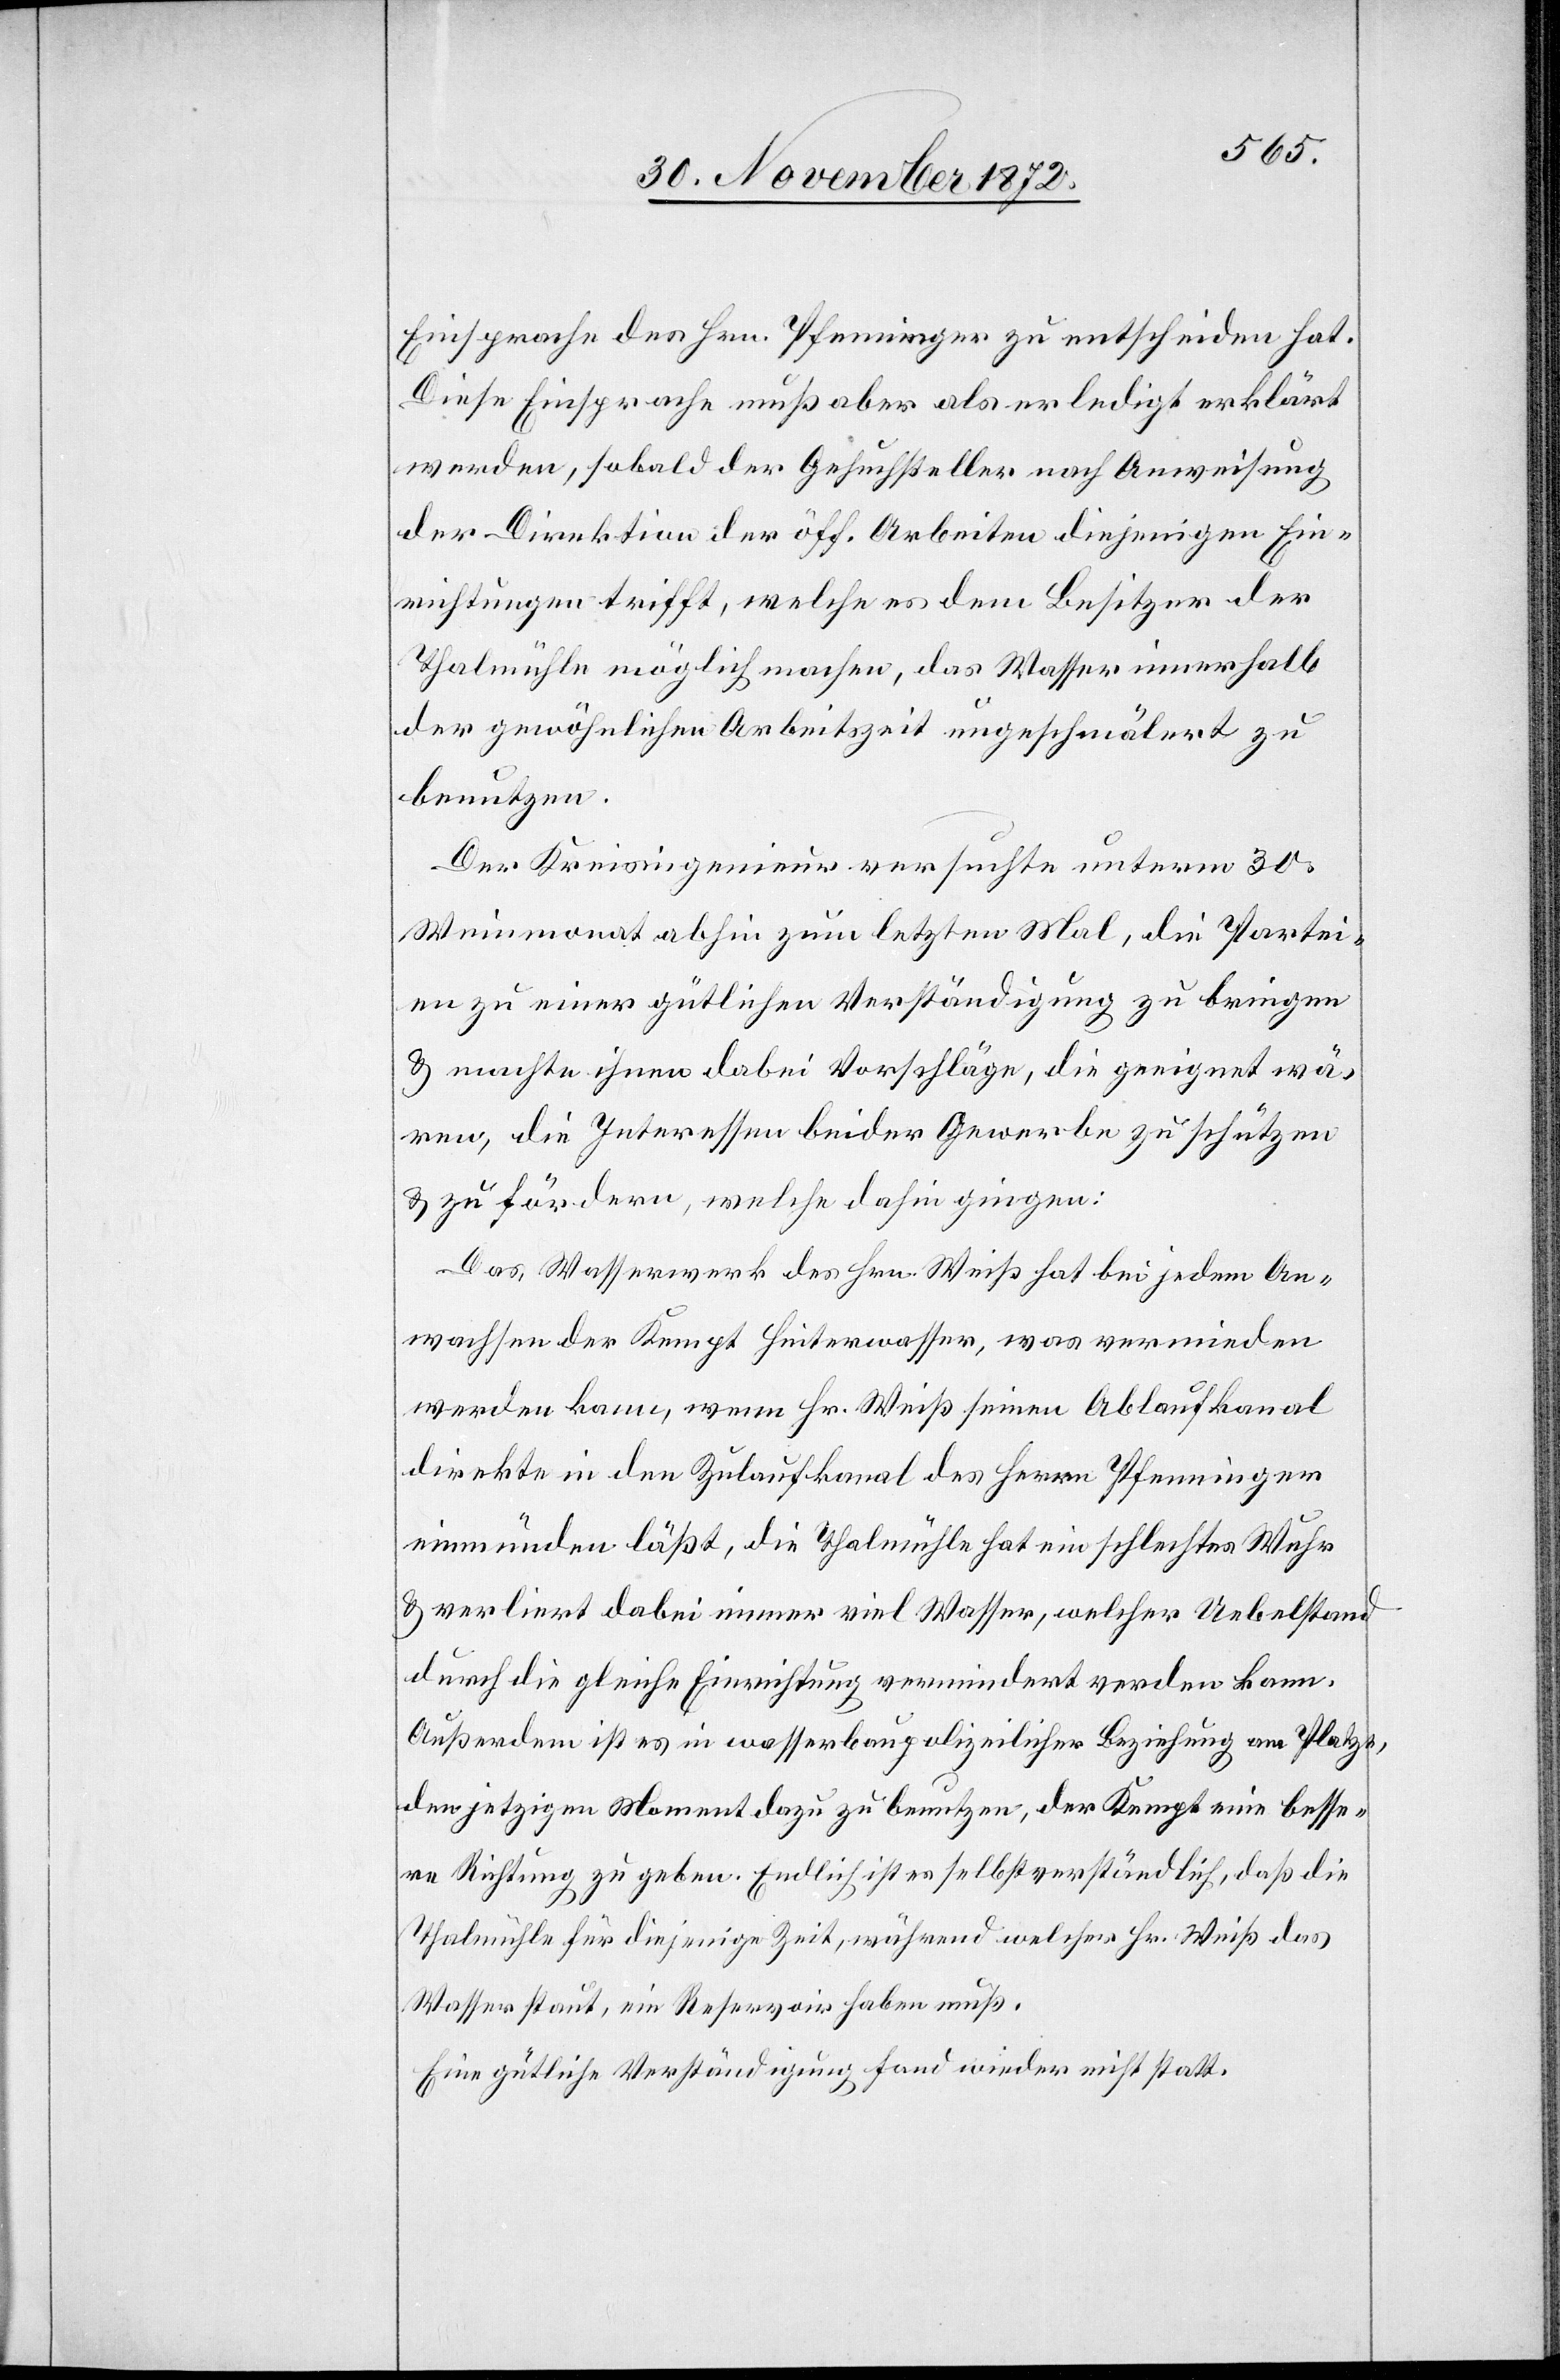
Einsprache des Hrn. Pfenninger zu entscheiden hat.
Diese Einsprache muß aber als erledigt erklärt
werden, sobald der Gesuchsteller nach Anweisung
der Direktion der öff. Arbeiten diejenigen Ein¬
richtungen trifft, welche es dem Besitzer der
Thalmühle möglich machen, das Wasser innerhalb
der gewöhnlichen Arbeitszeit ungeschmälert zu
benutzen.
Der Kreisingenieur versuchte unterm 30.
Weinmonat abhin zum letzten Mal, die Partei¬
en zu einer gütlichen Verständigung zu bringen
u. machte ihnen dabei Vorschläge, die geeignet wä¬
ren, die Interessen beider Gewerbe zu schützen
u. zu fördern, welche dahin gingen:
Das Wasserwerk des Hrn. Weiß hat bei jedem An¬
wachsen der Kempt Hinterwasser, was vermieden
werden kann, wenn Hr. Weiß seinen Ablaufkanal
direkte in den Zulaufkanal des Herrn Pfenninger
einmünden läßt, die Thalmühle hat ein schlechtes Wuhr
u. verliert dabei immer viel Wasser, welcher Uebelstand
durch die gleiche Einrichtung vermindert werden kann.
Außerdem ist es in wasserbaupolizeilicher Beziehung am Platze,
den jetzigen Moment dazu zu benutzen, der Kempt eine besse¬
re Richtung zu geben. Endlich ist es selbstverständlich, daß die
Thalmühle für diejenige Zeit, während welcher Hr. Weiß das
Wasser staut, ein Reservoir haben muß.
Eine gütliche Verständigung fand wieder nicht statt.